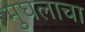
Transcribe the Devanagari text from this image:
मुघलाचा